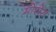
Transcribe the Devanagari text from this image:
मोरोस